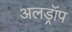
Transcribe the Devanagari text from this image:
अलड्रॉप